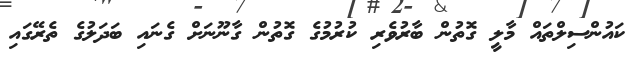
ކައުންސިލްތައް މާލީ ގޮތުން ބާރުވެރި ކުރުމުގެ ގޮތުން ގާނޫނަށް ގެނައި ބަދަލުގެ ތެރޭގައި